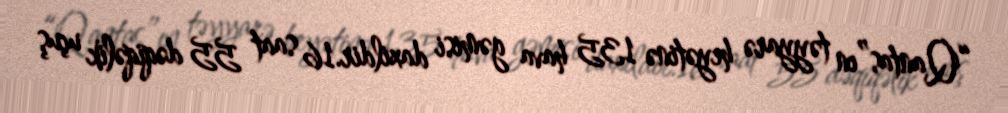
“Qantas”ın təyyarə heyətinə 135 hava gəmisi daxildir.16 saat 55 dəqiqəlik uçuş